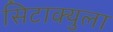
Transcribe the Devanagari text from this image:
सिटाक्युला